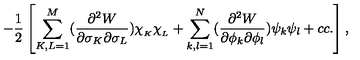
- \frac { 1 } { 2 } \left[ \sum _ { K , L = 1 } ^ { M } ( \frac { \partial ^ { 2 } W } { \partial \sigma _ { K } \partial \sigma _ { L } } ) \chi _ { _ K } \chi _ { _ L } + \sum _ { k , l = 1 } ^ { N } ( \frac { \partial ^ { 2 } W } { \partial \phi _ { k } \partial \phi _ { l } } ) \psi _ { k } \psi _ { l } + c c . \right] ,